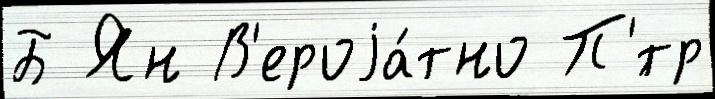
Б Ян В'ероjа́тно П'́тр